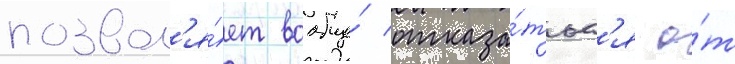
позвол'я́ет вообще́ отказа́тьс'я о́т